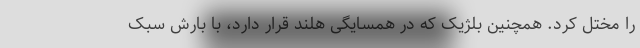
را مختل کرد. همچنین بلژیک که در همسایگی هلند قرار دارد، با بارش سبک